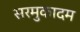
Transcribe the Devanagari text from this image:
सरमुकादम